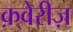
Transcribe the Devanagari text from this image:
क़्वेरीज़